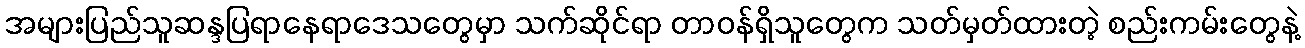
အများပြည်သူဆန္ဒပြရာနေရာဒေသတွေမှာ သက်ဆိုင်ရာ တာဝန်ရှိသူတွေက သတ်မှတ်ထားတဲ့ စည်းကမ်းတွေနဲ့